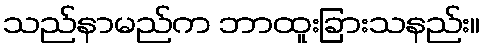
သည်နာမည်က ဘာထူးခြားသနည်း။